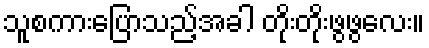
သူစကားပြောသည့်အခါ တိုးတိုးဖွဖွလေး။